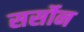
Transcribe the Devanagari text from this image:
सर्सोन